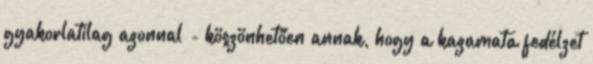
gyakorlatilag azonnal - köszönhetően annak, hogy a kazamata fedélzet